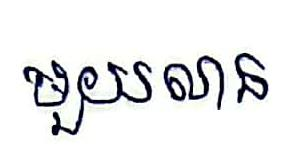
មួយលាន